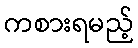
ကစားရမည့်